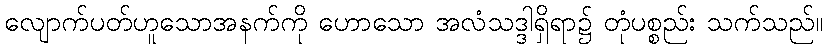
လျောက်ပတ်ဟူသောအနက်ကို ဟောသော အလံသဒ္ဒါရှိရာ၌ တုံပစ္စည်း သက်သည်။